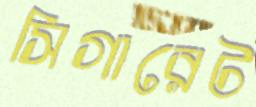
সিগারেট